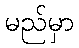
မည်မှာ